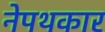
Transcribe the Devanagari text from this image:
नेपथकार